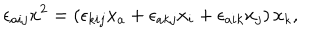
\epsilon _ { a i j } x ^ { 2 } = \left( \epsilon _ { k i j } x _ { a } + \epsilon _ { a k j } x _ { i } + \epsilon _ { a i k } x _ { j } \right) x _ { k } ,